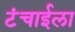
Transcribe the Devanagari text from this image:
टंचाईला